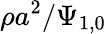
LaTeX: \rho{a}^{2}/\Psi_{1,0}